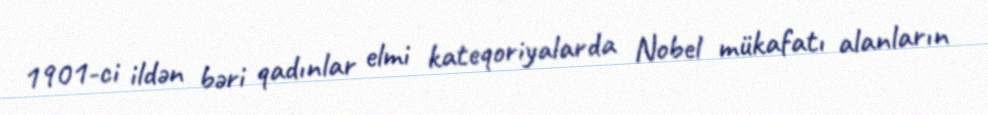
1901-ci ildən bəri qadınlar elmi kateqoriyalarda Nobel mükafatı alanların